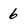
Character: 6